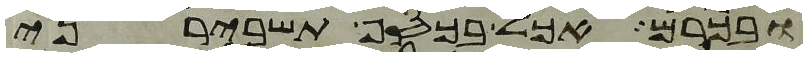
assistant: ובכרם אכל בכסף תשבירני